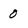
Character: 0